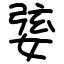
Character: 婱